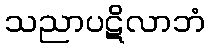
သညာပဋိလာဘံ